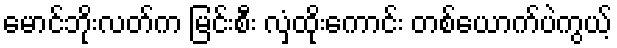
မောင်ဘိုးလတ်က မြင်းစီး လှံထိုးကောင်း တစ်ယောက်ပဲကွယ့်